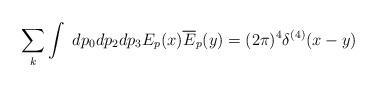
LaTeX: \begin{align*}\sum\limits_{k}\int \ dp_{0}dp_{2}dp_{3}E_{p}(x)\overline{E}_{p}(y)=(2\pi)^{4}\delta ^{(4)}(x-y) \end{align*}